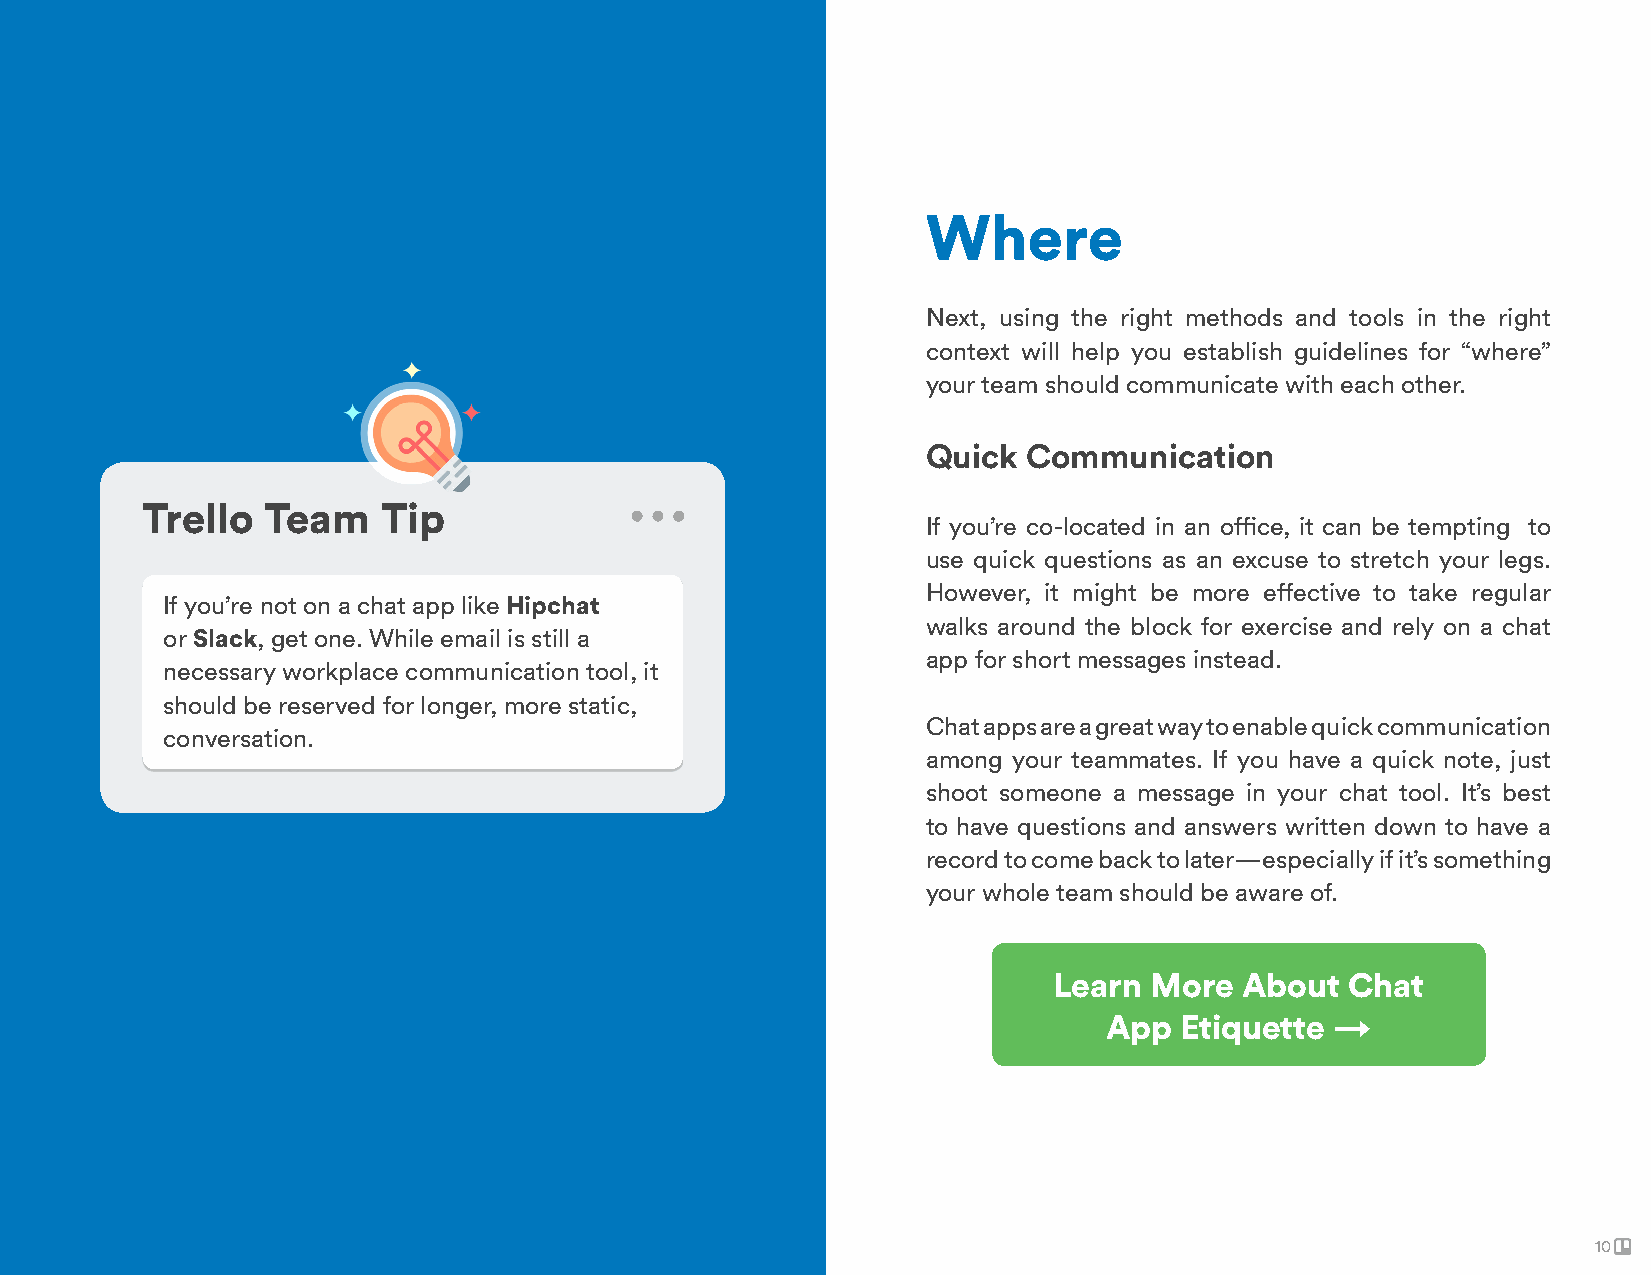
Where
 Next, using the right methods and tools in the right
 context will help you establish guidelines for “where”
 your team should communicate with each other.
 Quick  Communication
 Trello  Team    Tip
 If you’re co-located in an office, it can be tempting to
 use quick questions as an excuse to stretch your legs.
 However, it might be more effective to take regular
 If you’re not on a chat app like Hipchat
 walks around the block for exercise and rely on a chat
 or Slack, get one. While email is still a
 app for short messages instead.
 necessary workplace communication tool, it
 should be reserved for longer, more static,
 Chat apps are a great way to enable quick communication
 conversation.
 among your teammates. If you have a quick note, just
 shoot someone a message in your chat tool. It’s best
 to have questions and answers written down to have a
 record to come back to later—especially if it’s something
 your whole team should be aware of.
 Learn More  About  Chat
 App  Etiquette →
 10
 10